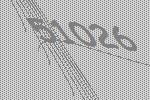
51026